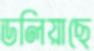
ডলিয়াছে